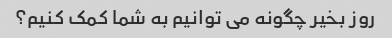
روز بخیر چگونه می توانیم به شما کمک کنیم؟